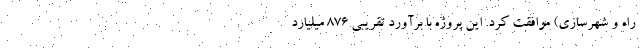
راه و شهرسازی) موافقت کرد. این پروژه با برآورد تقریبی ۸۷۶ میلیارد